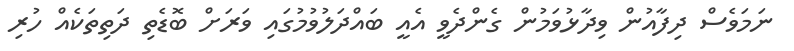
ނަމަވެސް ދިފާއުން ވިދާޅުވަމުން ގެންދެވީ އެއީ ބައްދަލުވުމުގައި ވަރަށް ބޮޑެތި ދަތިތަކެއް ހުރި